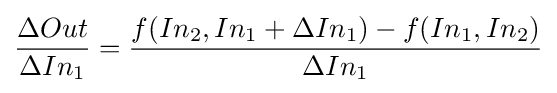
{\Delta Out \over \Delta In_{1}}={{f(In_{2},In_{1}+\Delta In_{1})-f(In_{1},In_{2})} \over \Delta In_{1}}